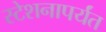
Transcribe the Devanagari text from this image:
स्टेशनापर्यंत